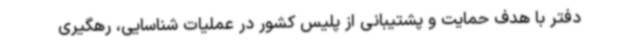
دفتر با هدف حمایت و پشتیبانی از پلیس کشور در عملیات شناسایی، رهگیری